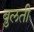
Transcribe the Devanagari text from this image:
बुलती